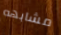
مشابهه